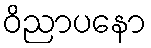
ဝိညာပနော